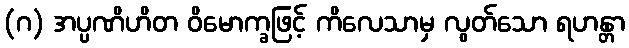
(ဂ) အပ္ပဏိဟိတ ဝိမောက္ခဖြင့် ကိလေသာမှ လွတ်သော ရဟန္တာ